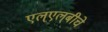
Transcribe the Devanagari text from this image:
एल्‌एल्‌बीचे